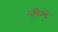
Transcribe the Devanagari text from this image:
परिश्द